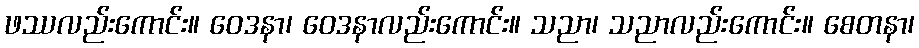
ဖဿလည်းကောင်း။ ဝေဒနာ၊ ဝေဒနာလည်းကောင်း။ သညာ၊ သညာလည်းကောင်း။ စေတနာ၊